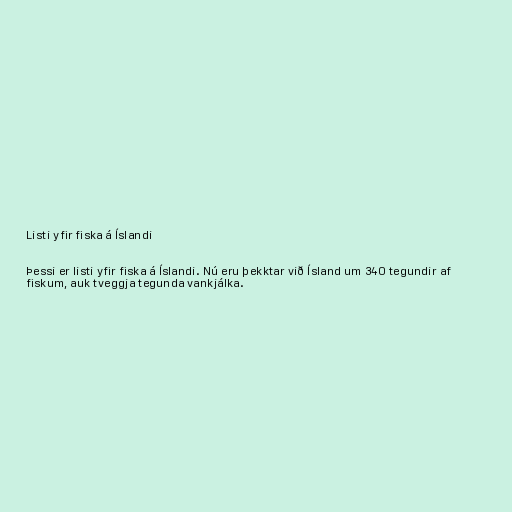
Listi yfir fiska á Íslandi

Þessi er listi yfir fiska á Íslandi. Nú eru þekktar við Ísland um 340 tegundir af
fiskum, auk tveggja tegunda vankjálka.